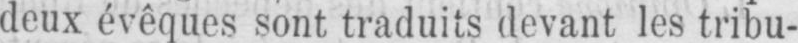
deux évêques sont traduits devant les tribu-